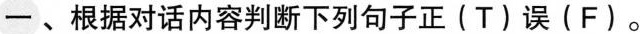
-、根据对话内容判断下列句子正(T)误(F)。